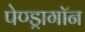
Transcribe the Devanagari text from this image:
पेण्ड्रागॉन